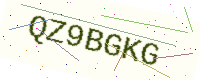
Text: QZ9BGKG